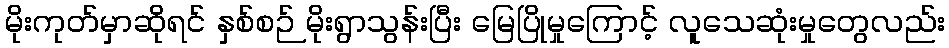
မိုးကုတ်မှာဆိုရင် နှစ်စဉ် မိုးရွာသွန်းပြီး မြေပြိုမှုကြောင့် လူသေဆုံးမှုတွေလည်း